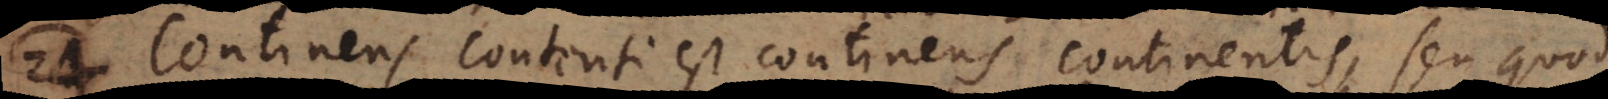
24) Continens [continentis] est continens [contenti], seu quod